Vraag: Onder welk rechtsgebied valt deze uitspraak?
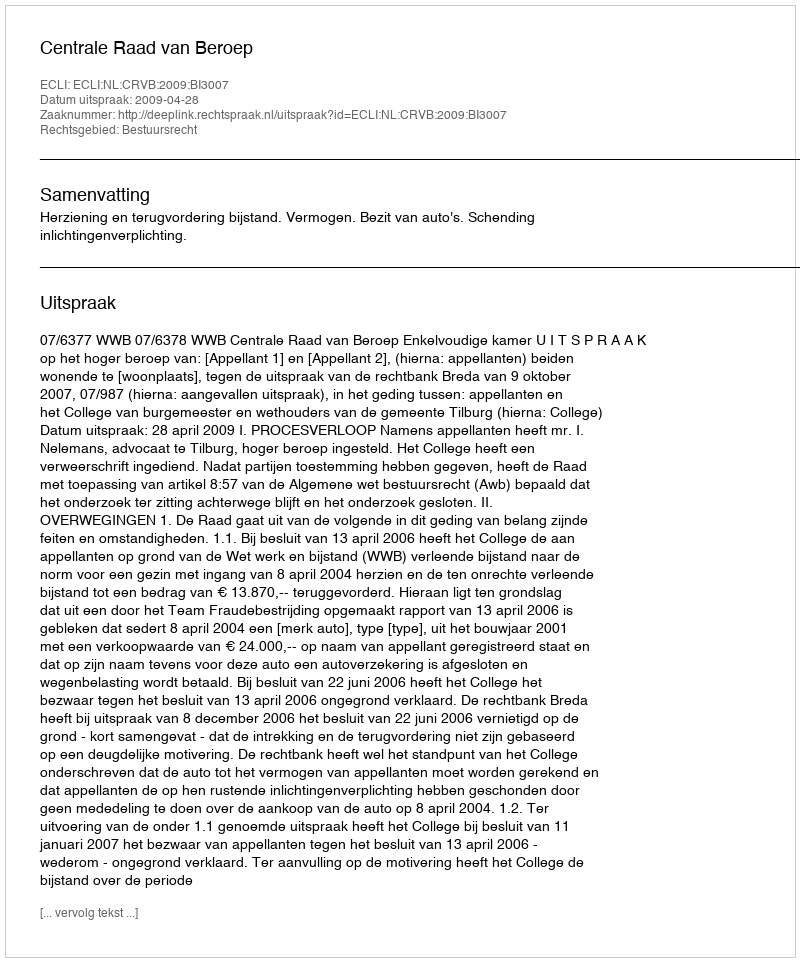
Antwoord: Bestuursrecht